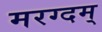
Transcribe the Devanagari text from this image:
मरग्दम्